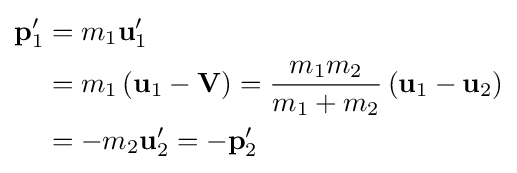
{\begin{aligned}\mathbf {p} _{1}^{\prime }&=m_{1}\mathbf {u} _{1}^{\prime }\\&=m_{1}\left(\mathbf {u} _{1}-\mathbf {V} \right)={\frac {m_{1}m_{2}}{m_{1}+m_{2}}}\left(\mathbf {u} _{1}-\mathbf {u} _{2}\right)\\&=-m_{2}\mathbf {u} _{2}^{\prime }=-\mathbf {p} _{2}^{\prime }\\\end{aligned}}